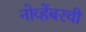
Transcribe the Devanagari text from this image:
नोव्हेंबरची